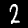
Label: 2